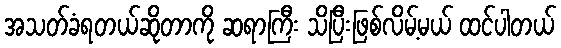
အသတ်ခံရတယ်ဆိုတာကို ဆရာကြီး သိပြီးဖြစ်လိမ့်မယ် ထင်ပါတယ်